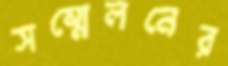
সম্মেলনের